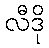
လီဒို